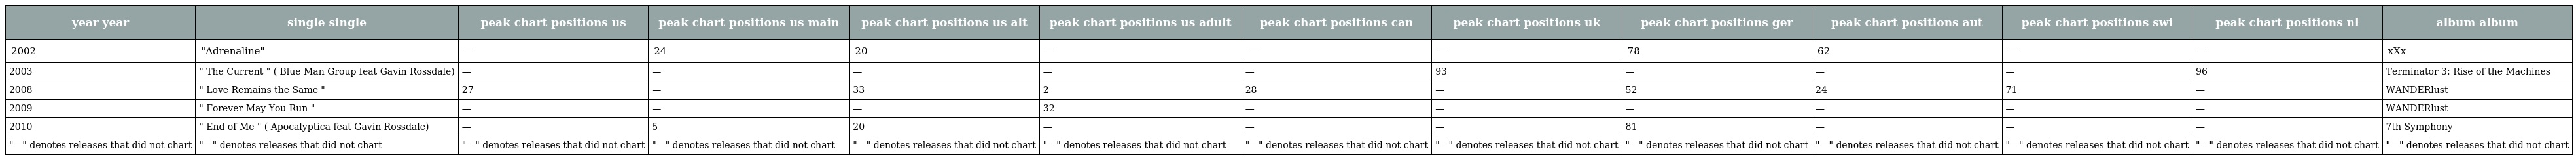
| year year | single single | peak chart positions us | peak chart positions us main | peak chart positions us alt | peak chart positions us adult | peak chart positions can | peak chart positions uk | peak chart positions ger | peak chart positions aut | peak chart positions swi | peak chart positions nl | album album |
 | --- | --- | --- | --- | --- | --- | --- | --- | --- | --- | --- | --- | --- |
 | 2002 | "Adrenaline" | — | 24 | 20 | — | — | — | 78 | 62 | — | — | xXx |
 | 2003 | " The Current " ( Blue Man Group feat Gavin Rossdale) | — | — | — | — | — | 93 | — | — | — | 96 | Terminator 3: Rise of the Machines |
 | 2008 | " Love Remains the Same " | 27 | — | 33 | 2 | 28 | — | 52 | 24 | 71 | — | WANDERlust |
 | 2009 | " Forever May You Run " | — | — | — | 32 | — | — | — | — | — | — | WANDERlust |
 | 2010 | " End of Me " ( Apocalyptica feat Gavin Rossdale) | — | 5 | 20 | — | — | — | 81 | — | — | — | 7th Symphony |
 | "—" denotes releases that did not chart | "—" denotes releases that did not chart | "—" denotes releases that did not chart | "—" denotes releases that did not chart | "—" denotes releases that did not chart | "—" denotes releases that did not chart | "—" denotes releases that did not chart | "—" denotes releases that did not chart | "—" denotes releases that did not chart | "—" denotes releases that did not chart | "—" denotes releases that did not chart | "—" denotes releases that did not chart | "—" denotes releases that did not chart |